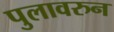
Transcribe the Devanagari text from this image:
पुलावरुन